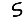
Digit: 5